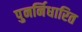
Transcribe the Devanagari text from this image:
पुनर्निधारित